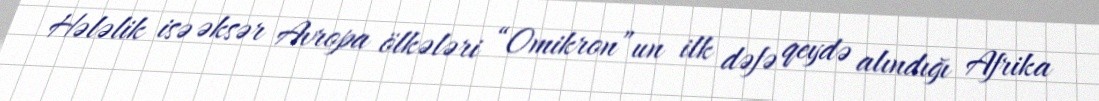
Hələlik isə əksər Avropa ölkələri “Omikron”un ilk dəfə qeydə alındığı Afrika